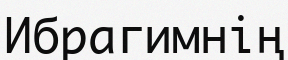
Ибрагимнің